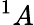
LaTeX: ^1A